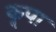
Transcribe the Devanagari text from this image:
कॣपा